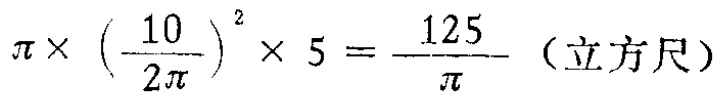
\(\pi\times\left(\frac{10}{2\pi}\right)^{2}\times 5=\frac{125}{\pi}\)（立方尺）